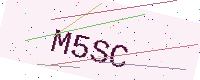
Text: M5SC